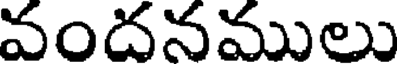
వందనములు